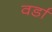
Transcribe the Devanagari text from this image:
वर्डा